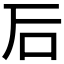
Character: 𥐖